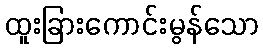
ထူးခြားကောင်းမွန်သော